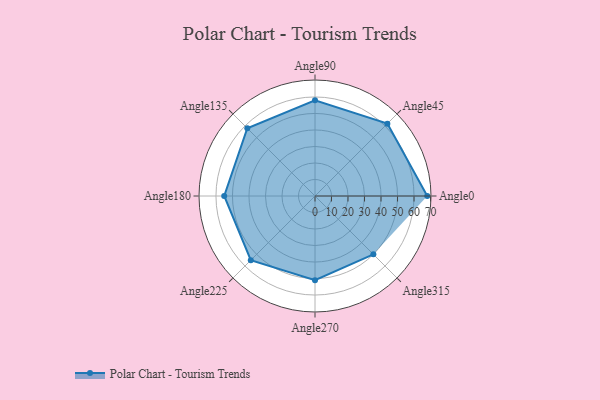
{"axis": {"x": "Angle", "y": "Radius"}, "legend": [""], "data": [{"x": "Angle0", "y": 68.0, "type": ""}, {"x": "Angle45", "y": 62.0, "type": ""}, {"x": "Angle90", "y": 58.0, "type": ""}, {"x": "Angle135", "y": 58.0, "type": ""}, {"x": "Angle180", "y": 55.0, "type": ""}, {"x": "Angle225", "y": 55.0, "type": ""}, {"x": "Angle270", "y": 51.0, "type": ""}, {"x": "Angle315", "y": 50, "type": ""}]}